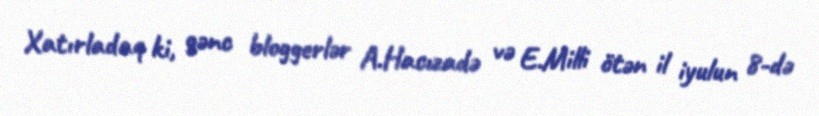
Xatırladaq ki, gənc bloggerlər A.Hacızadə və E.Milli ötən il iyulun 8-də